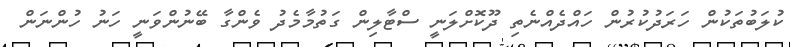
ކުލަބުތަކުން ހަރަދުކުރުން ހައްދެއްނެތި ދޫކޮށްލަނީ ސްޓާލިން ގަތުމާމެދު ވެންގާ ބޭނުންވަނީ ހަނު ހުންނަން